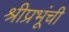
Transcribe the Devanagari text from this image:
श्रीप्रभूंची